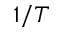
1 / T